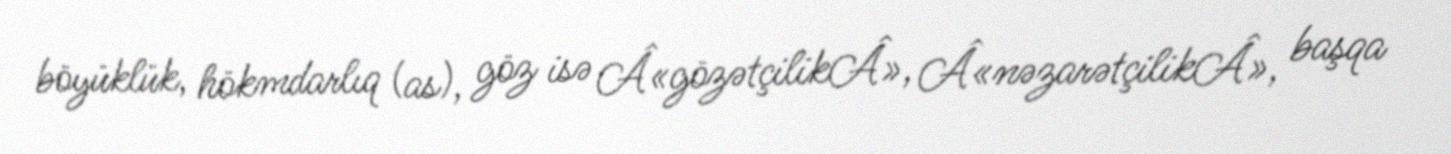
böyüklük, hökmdarlıq (as), göz isə Â«gözətçilikÂ», Â«nəzarətçilikÂ», başqa